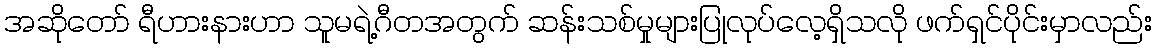
အဆိုတော် ရီဟားနားဟာ သူမရဲ့ဂီတအတွက် ဆန်းသစ်မှုများပြုလုပ်လေ့ရှိသလို ဖက်ရှင်ပိုင်းမှာလည်း